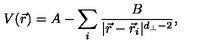
V ( { \vec { r } } ) = A - \sum _ { i } { \frac { B } { | { \vec { r } } - { \vec { r } } _ { i } | ^ { d _ { \perp } - 2 } } } ,